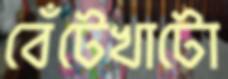
বেঁটেখাটো